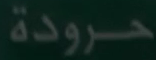
حرودة